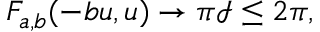
F _ { a , b } ( - b u , u ) \to \pi \mathcal { I } \leq 2 \pi ,